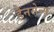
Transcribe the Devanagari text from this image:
हैनसेन्स